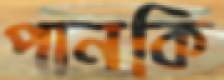
পানকি